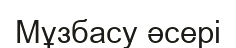
Мұзбасу әсері